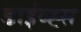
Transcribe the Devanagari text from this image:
डाईव्ह्स